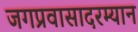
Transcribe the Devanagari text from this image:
जगप्रवासादरम्यान